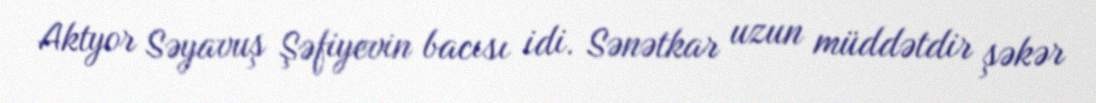
Aktyor Səyavuş Şəfiyevin bacısı idi. Sənətkar uzun müddətdir şəkər